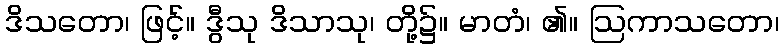
ဒိသတော၊ ဖြင့်။ ဒွီသု ဒိသာသု၊ တို့၌။ မာတံ၊ ၏။ ဩကာသတော၊